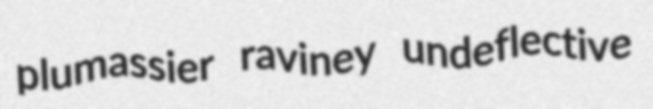
plumassier raviney undeflective